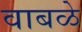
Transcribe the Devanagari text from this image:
वाबळे